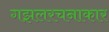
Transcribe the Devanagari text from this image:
गझलरचनाकार